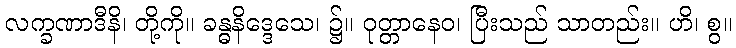
လက္ခဏာဒီနိ၊ တို့ကို။ ခန္ဓနိဒ္ဒေသေ၊ ၌။ ဝုတ္တာနေဝ၊ ပြီးသည် သာတည်း။ ဟိ၊ စွ။